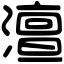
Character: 澶